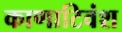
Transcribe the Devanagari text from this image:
काणाटिवंश